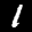
Label: 1